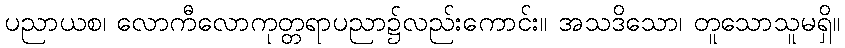
ပညာယစ၊ လောကီလောကုတ္တရာပညာ၌လည်းကောင်း။ အသဒိသော၊ တူသောသူမရှိ။